Lunatic asylums Punjab 1895-1910 - 1895-1910
Year: 1895
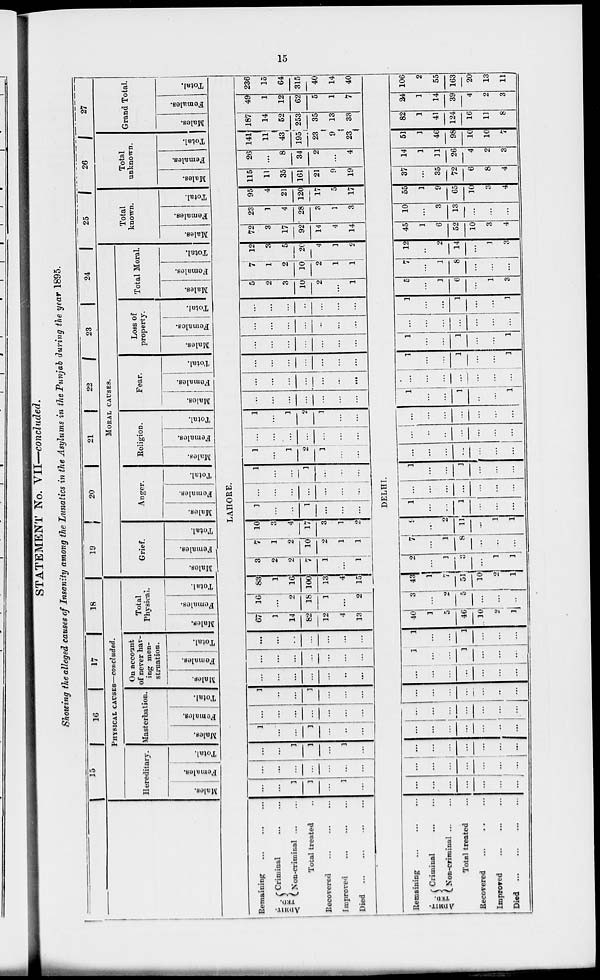
15
STATEMENT No. VII—concluded.
Showing the alleged causes of Insanity among the Lunatics in the Asylums in the Punjab during the year 1895.
15
16
17
18
PHYSICAL CAUSES—concluded.
Hereditary.
Males.
Females.
Total.
Masterbation.
Males.
Females.
Total.
On account
of never hav-
ing men-
struation.
Males.
Females.
Total.
Total
Physical.
Males.
Females.
Total.
19
20
21
22
23
24
MORAL CAUSES.
Grief.
Males.
Females.
Total.
Anger.
Males.
Females.
Total.
Religion.
Males.
Females.
Total.
Fear.
Males.
Females.
Total.
Loss of
property.
Males.
Females.
Total.
Total Moral.
Males.
Females.
Total.
25
Total
known.
Males.
Females.
Total.
26
Total
unknown.
Males.
Females.
Total.
27
Grand Total.
Males.
Females.
Total.
LAHORE.
Remaining
...
...
...
ADMIT-
TED.
Criminal ... ...
Non-criminal... ...
Total treated ...
Recovered ... ... ...
Improved... ... ...
Died
...
...
...
...
...
...
1
1
...
1
...
...
...
...
...
...
...
...
...
...
1
1
...
1
...
1
...
...
1
...
...
...
...
...
...
...
...
...
...
1
...
...
1
...
...
...
...
...
...
...
...
...
...
...
...
...
...
...
...
...
...
...
...
...
...
...
...
67
1
14
82
12
4
13
16
...
2
18
1
...
2
83
1
16
100
13
4
15
3
2
2
7
1
...
1
7
1
2
10
2
1
1
10
3
4
17
3
1
2
1
...
...
1
...
...
...
...
...
...
...
...
...
...
1
...
...
1
...
...
...
1
...
1
2
1
...
...
...
...
...
...
...
...
...
1
...
1
2
1
...
...
...
...
...
...
...
...
...
...
...
...
...
...
...
...
...
...
...
...
...
....
...
...
...
...
...
...
...
...
...
...
...
...
...
...
...
...
...
...
...
...
...
...
5
2
3
10
2
...
1
7
1
2
10
2
1
1
12
3
5
20
4
1
2
72
3
17
92
14
4
14
23
1
4
28
3
1
3
95
4
21
120
17
5
17
115
11
35
161
21
9
19
26
...
8
34
2
...
4
141
11
43
195
23
9
23
187
14
52
253
35
13
33
49
1
12
62
5
1
7
236
15
64
315
40
14
40
|
DELHI.
Remaining... ... ...
ADMIT-
TED.
Criminal
Non-criminal ...
Total treated
Recovered
Improved ... ... ...
Died
...
...
...
...
...
...
...
...
...
...
...
...
...
...
...
...
...
...
...
...
...
...
...
...
...
...
...
...
...
...
...
...
...
...
...
...
...
...
...
...
...
...
...
...
..
...
...
...
...
...
...
...
...
3
...
...
1
...
...
...
1
...
...
1
...
...
...
40
1
5
46
10
2
1
3
...
2
5
...
...
...
43
1
7
51
10
2
1
2
...
1
3
...
1
1
7
...
1
8
...
...
...
9
...
2
11
...
1
1
1
...
...
1
...
...
...
...
...
...
...
...
...
...
1
...
...
1
...
...
...
...
...
...
...
...
...
...
...
...
...
...
...
...
...
...
...
...
...
...
...
...
1
...
...
1
...
...
1
...
...
...
...
...
...
...
1
...
...
1
...
...
1
1
...
...
1
...
...
1
...
...
...
...
...
...
...
1
...
...
1
...
...
1
5
...
1
6
...
1
3
7
...
1
8
...
...
...
12
..
2
14
...
1
3
45
1
6
52
10
3
4
10
...
3
13
...
...
...
55
1
9
65
10
3
4
37
...
35
72
6
8
4
14
1
11
26
4
2
3
51
1
46
98
10
10
7
82
1
41
124
16
11
8
24
1
14
39
4
2
3
106
2
55
163
20
13
11